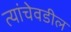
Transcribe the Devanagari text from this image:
त्यांचेवडील